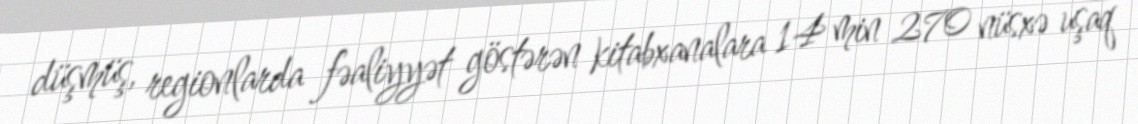
düşmüş, regionlarda fəaliyyət göstərən kitabxanalara 14 min 270 nüsxə uşaq